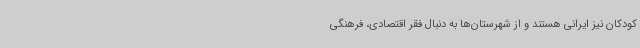
کودکان نیز ایرانی هستند و از شهرستان‌ها به دنبال فقر اقتصادی، فرهنگی